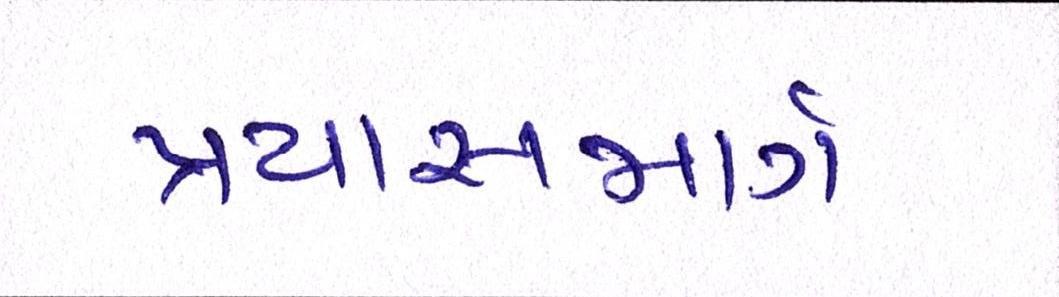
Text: પ્રયાસમાર્ગ